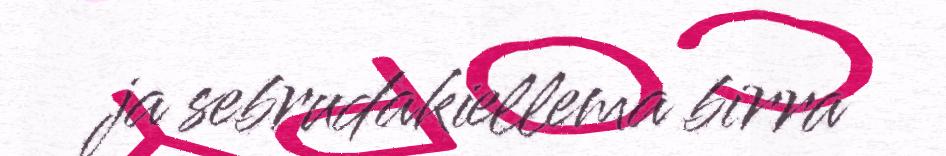
ja sebrudakiellema birra